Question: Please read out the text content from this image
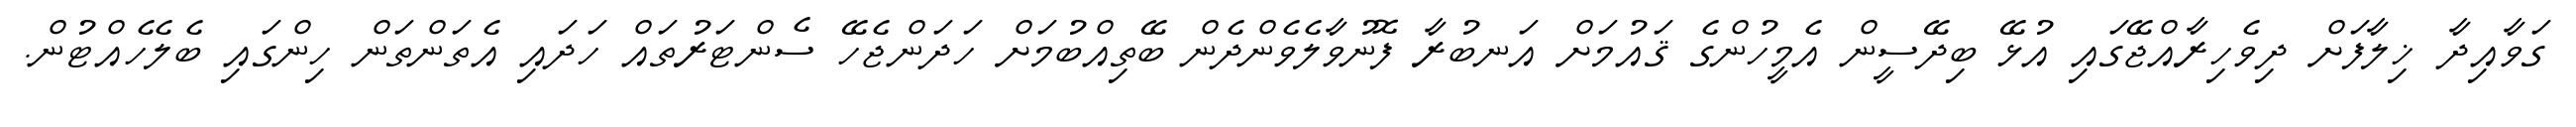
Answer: ގަވާއިދާ ޚިލާފަށް ދިވެހިރާއްޖޭގައި އުޅޭ ބިދޭސީން އެމީހުންގެ ޤައުމަށް އަނބުރާ ފޮނުވާލެވެންދެން ބޭތިއްބުމަށް ހަދަންޖެހޭ ސެންޓަރުތައް ހަދައި އެތަންތަން ހިންގައި ބެލެހެއްޓުން.